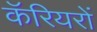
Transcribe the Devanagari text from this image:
कॅरियरों